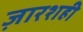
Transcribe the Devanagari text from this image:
ज़ारशही